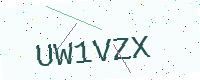
Text: UW1VZX